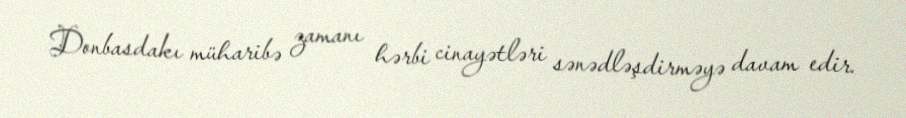
Donbasdakı müharibə zamanı hərbi cinayətləri sənədləşdirməyə davam edir.